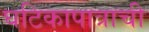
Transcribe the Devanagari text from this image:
घटिकापात्राची